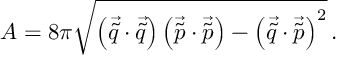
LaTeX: A = 8 \pi \sqrt { \left( \vec { \tilde { q } } \cdot \vec { \tilde { q } } \right) \left( \vec { \tilde { p } } \cdot \vec { \tilde { p } } \right) - \left( \vec { \tilde { q } } \cdot \vec { \tilde { p } } \right) ^ { 2 } } \, .